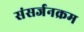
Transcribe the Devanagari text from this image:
संसर्जनक्रम